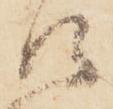
江